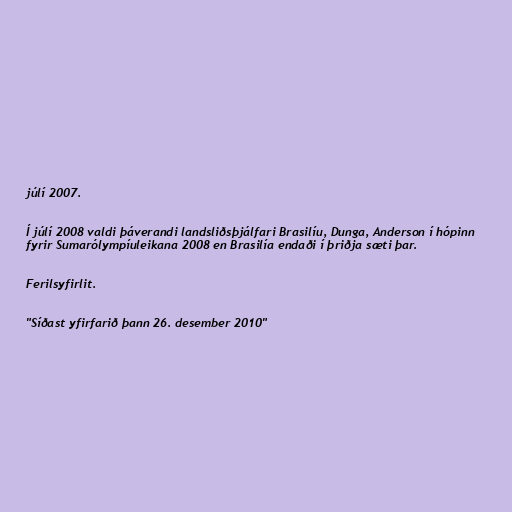
júlí 2007.

Í júlí 2008 valdi þáverandi landsliðsþjálfari Brasilíu, Dunga, Anderson í hópinn
fyrir Sumarólympíuleikana 2008 en Brasilía endaði í þriðja sæti þar.

Ferilsyfirlit.

"Síðast yfirfarið þann 26. desember 2010"